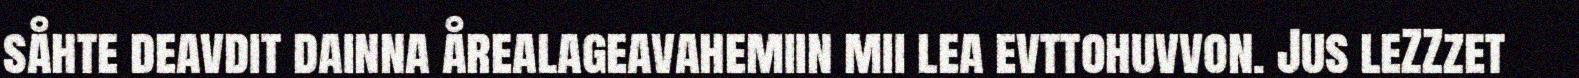
såhte deavdit dainna årealageavahemiin mii lea evttohuvvon. Jus leZZzet